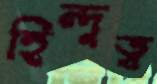
হিন্দুত্ব